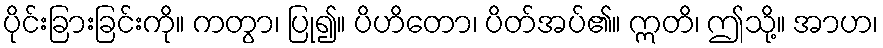
ပိုင်းခြားခြင်းကို။ ကတွာ၊ ပြု၍။ ပိဟိတော၊ ပိတ်အပ်၏။ ဣတိ၊ ဤသို့။ အာဟ၊